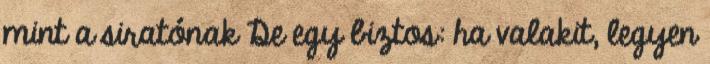
mint a siratónak De egy biztos: ha valakit, legyen